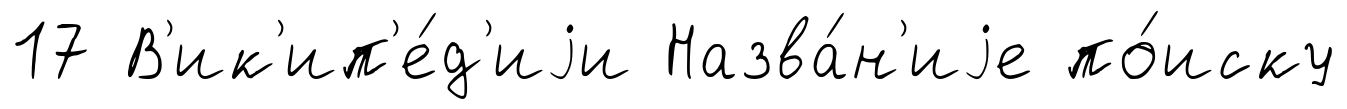
17 В'ик'ип'е́д'иjи Назва́н'иjе по́иску